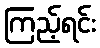
ကြည့်ရင်း